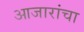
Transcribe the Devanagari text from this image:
आजारांचा